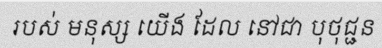
របស់ មនុស្ស យើង ដែល នៅជា បុថុជ្ជន